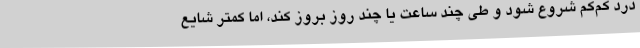
درد کم‌کم شروع شود و طی چند ساعت یا چند روز بروز کند، اما کمتر شایع